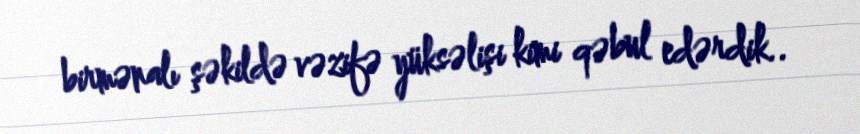
birmənalı şəkildə vəzifə yüksəlişi kimi qəbul edərdik..